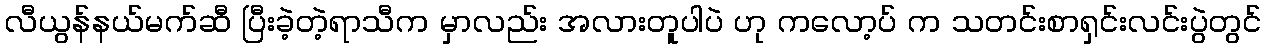
လီယွန်နယ်မက်ဆီ ပြီးခဲ့တဲ့ရာသီက မှာလည်း အလားတူပါပဲ ဟု ကလော့ပ် က သတင်းစာရှင်းလင်းပွဲတွင်